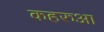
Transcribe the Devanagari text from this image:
कहरुआ